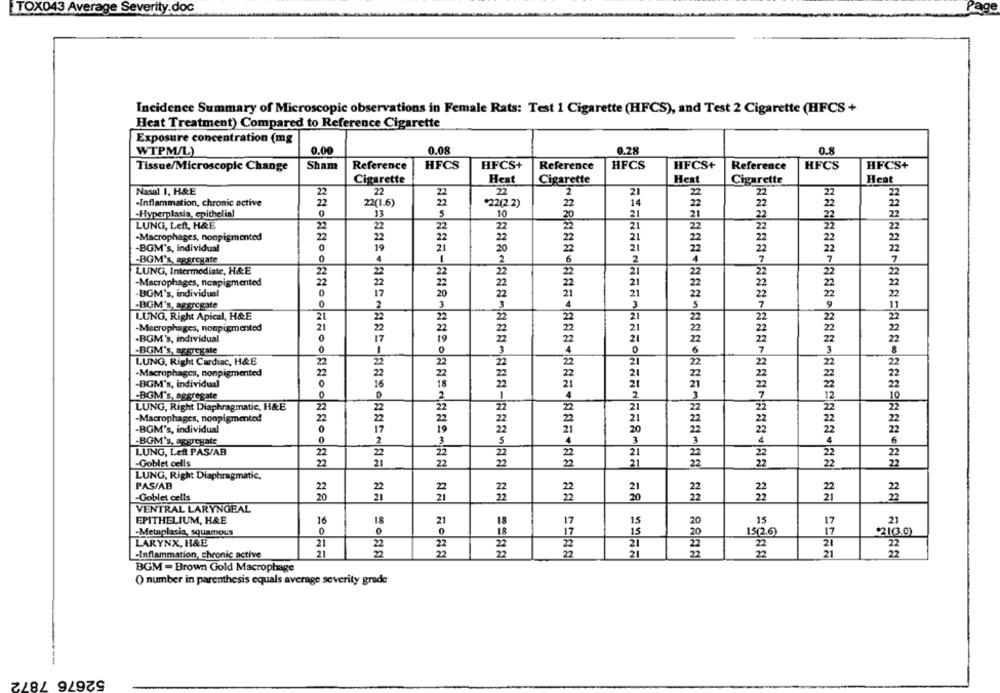
TOX043 Average Severity.doc
Incidence Summary of Microscopic observations in Female Rats: Test 1 Cigarette (HFCS), and Test 2 Cigarette (HFCS +
Heat Treatment) Compared to Reference Cigarette
Exposure concentration (mg
WTPM/L)
0.00
0.08
0.28
0.8
Sham
Reference
HFCS
HFCS+
Reference
HFCS
HFCS+
Reference
HFCS
HFCS+
Tissue/Microscopie Change
Cigarette
Hext
Heat
Heat
Cigarette
Cigarette
Nasal 1, H&E
22
22
22
2
21
22
22
·Inflammation, chronic active
22
22(1.6)
¥22(2.2)
22
14
-Hyperplasia, epithelial
0
13
5
20
21
10
LUNG, Left, H&E
22
22
22
21
22
22
-Macrophages, nonpigmented
21
-BGM's, individual
0
21
21
-BOM's, aggregate
0
4
2
LUNG, Intermediate, H&E
22
22
22
21
22
-Macrophages, nonpigmented
22
22
21
-BGM's, individual
0
17
21
-BGM's, aggregate
0
LUNG, Right Apical, H&E
21
21
-Macrophages, nonpigmented
.BGM's, individual
0
-BGM's, aggregate
LUNG, Right Cardiac, H&E
22
-Macrophages, nonpigmented
22
-BGM's, individual
0
-BGM's, aggregate
LUNG, Right Diaphragmatic, H&E
22
22
-Macrophages, nonpigmented
22
-BGM's, individual
0
17
-BOM's, aggregate
0
2
LUNG, Left PAS/AB
22
2
21
-Goblet cells
22
21
21
22
22
LUNG, Right Diaphragmatic,
PAS/AB
22
-Goblet cells
20
21
VENTRAL LARYNGEAL
EPITHELIUM, H&E
16
18
20
21
17
15
15
17
21
-Metaplasia, squamous
0
15
20
15(26)
213.0)
LARYNX, H&E
21
22
21
22
21
22
-Inflammation, chronic active
21
2
22
21
21
2
BGM - Brown Gold Macrophage
() number in parenthesis equals average severity grade
52676 7872